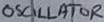
Text: OSCILLATOR